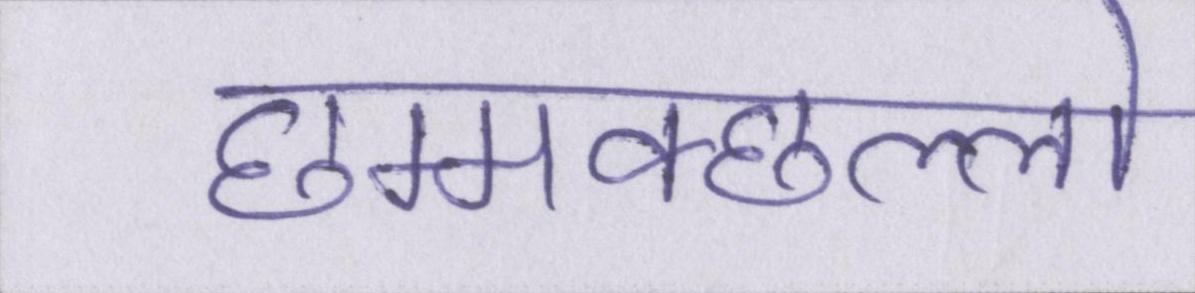
छम्मक्छल्लो